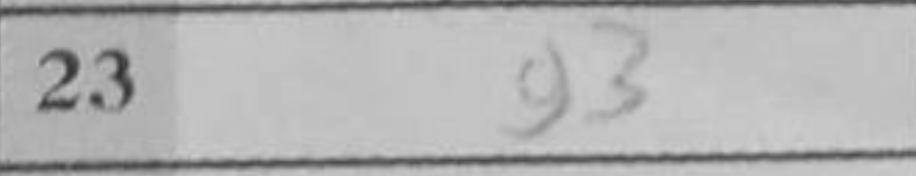
Transcription: g3